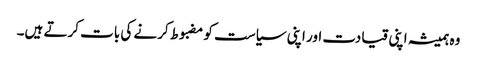
وہ ہمیشہ اپنی قیادت اور اپنی سیاست کو مضبوط کرنے کی بات کرتے ہیں۔